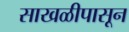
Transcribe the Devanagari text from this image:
साखळीपासून